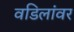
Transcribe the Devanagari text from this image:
वडिलांवर